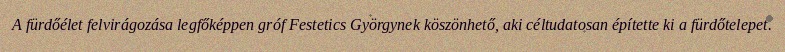
A fürdőélet felvirágozása legfőképpen gróf Festetics Györgynek köszönhető, aki céltudatosan építette ki a fürdőtelepet.